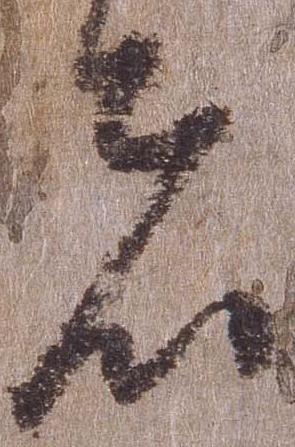
者